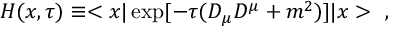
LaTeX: H ( x , \tau ) \equiv < x | \exp [ - \tau ( D _ { \mu } D ^ { \mu } + m ^ { 2 } ) ] | x > ~ ,